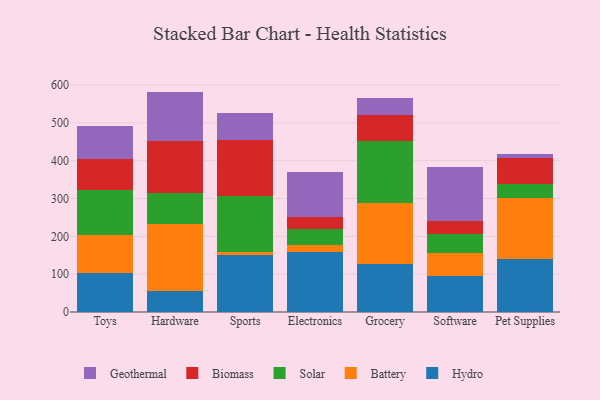
{"axis": {"x": "Category", "y": "Churn Rate (%)"}, "legend": ["Battery", "Biomass", "Geothermal", "Hydro", "Solar"], "data": [{"x": "Toys", "y": 103.9, "type": "Hydro"}, {"x": "Toys", "y": 99.9, "type": "Battery"}, {"x": "Toys", "y": 118.7, "type": "Solar"}, {"x": "Toys", "y": 80.9, "type": "Biomass"}, {"x": "Toys", "y": 89.4, "type": "Geothermal"}, {"x": "Hardware", "y": 54.4, "type": "Hydro"}, {"x": "Hardware", "y": 178.3, "type": "Battery"}, {"x": "Hardware", "y": 82.0, "type": "Solar"}, {"x": "Hardware", "y": 138.3, "type": "Biomass"}, {"x": "Hardware", "y": 129.4, "type": "Geothermal"}, {"x": "Sports", "y": 151.3, "type": "Hydro"}, {"x": "Sports", "y": 6.8, "type": "Battery"}, {"x": "Sports", "y": 148.0, "type": "Solar"}, {"x": "Sports", "y": 147.1, "type": "Biomass"}, {"x": "Sports", "y": 73.9, "type": "Geothermal"}, {"x": "Electronics", "y": 159.6, "type": "Hydro"}, {"x": "Electronics", "y": 16.4, "type": "Battery"}, {"x": "Electronics", "y": 43.3, "type": "Solar"}, {"x": "Electronics", "y": 31.9, "type": "Biomass"}, {"x": "Electronics", "y": 118.7, "type": "Geothermal"}, {"x": "Grocery", "y": 127.5, "type": "Hydro"}, {"x": "Grocery", "y": 161.1, "type": "Battery"}, {"x": "Grocery", "y": 164.5, "type": "Solar"}, {"x": "Grocery", "y": 66.2, "type": "Biomass"}, {"x": "Grocery", "y": 46.1, "type": "Geothermal"}, {"x": "Software", "y": 94.9, "type": "Hydro"}, {"x": "Software", "y": 60.1, "type": "Battery"}, {"x": "Software", "y": 51.7, "type": "Solar"}, {"x": "Software", "y": 34.2, "type": "Biomass"}, {"x": "Software", "y": 142.1, "type": "Geothermal"}, {"x": "Pet Supplies", "y": 140.7, "type": "Hydro"}, {"x": "Pet Supplies", "y": 159.5, "type": "Battery"}, {"x": "Pet Supplies", "y": 37.7, "type": "Solar"}, {"x": "Pet Supplies", "y": 68.3, "type": "Biomass"}, {"x": "Pet Supplies", "y": 11.2, "type": "Geothermal"}]}